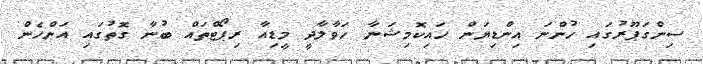
ސިންގަޕޫރުގައި ހުންނަ އިންޑިޔަން ހައިކޮމިޝަނާ ހަވާލާދީ މީޑިއާ ރިޕޯޓްތައް ބުނާ ގޮތުގައި އަންހެން